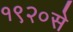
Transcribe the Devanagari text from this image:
१९२०से